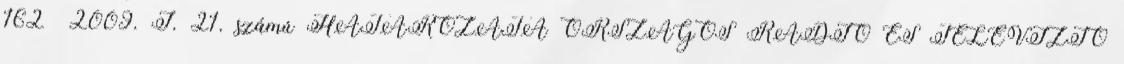
162 2009. I. 21. számú HATÁROZATA ORSZÁGOS RÁDIÓ ÉS TELEVÍZIÓ